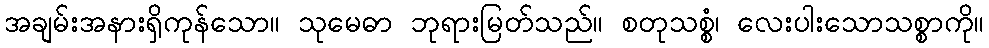
အချမ်းအနားရှိကုန်သော။ သုမေဓာ ဘုရားမြတ်သည်။ စတုသစ္စံ၊ လေးပါးသောသစ္စာကို။